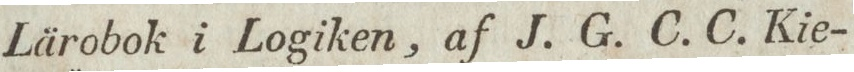
Lärobok i Logiken, af J. G. C. C. Kie-